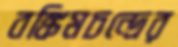
বঙ্কিমচন্দ্রের